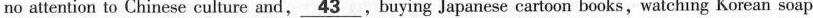
no attention to Chinese culture and,\underline{43}.Buying Japanese cartoon books, watching Korean soap